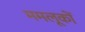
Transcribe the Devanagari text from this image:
ममलूकों